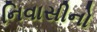
નિવાસીનો